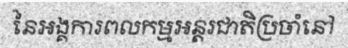
នៃអង្គការពលកម្មអន្តរជាតិប្រចាំនៅ